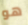
هو